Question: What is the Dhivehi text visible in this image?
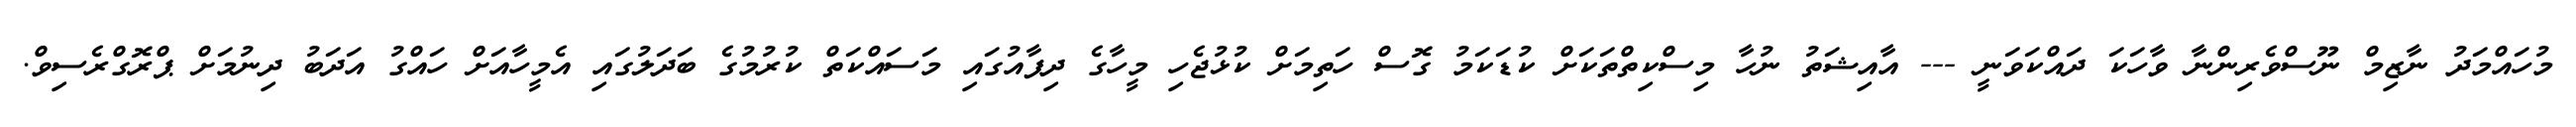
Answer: މުހައްމަދު ނާޒިމް ނޫސްވެރިންނާ ވާހަކަ ދައްކަވަނީ --- އާއިޝަތު ނުހާ މިސްކިތްތަކަށް ކުޑަކަމު ގޮސް ހަތިމަށް ކުޅުޖެހި މީހާގެ ދިފާއުގައި މަސައްކަތް ކުރުމުގެ ބަދަލުގައި އެމީހާއަށް ހައްގު އަދަބު ދިނުމަށް ޕްރޮގްރެސިވް.